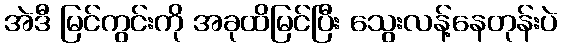
အဲဒီ မြင်ကွင်းကို အခုထိမြင်ပြီး သွေးလန့်နေတုန်းပဲ